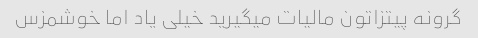
گرونه پیتزاتون مالیات میگیرید خیلی یاد اما خوشمزس